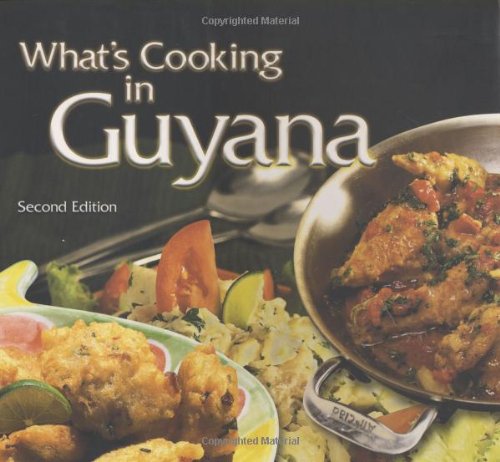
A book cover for What's Cooking in Guyana; Carnegie School of Home Economics; Cookbooks, Food & Wine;